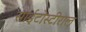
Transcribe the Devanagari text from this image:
साईटोस्टीराल